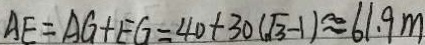
A E = A G + E G = 4 0 + 3 0 ( \sqrt { 3 } - 1 ) \approx 6 1 . 9 m